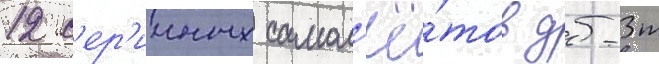
12 с'ер'ииных самол'ё́тов дб-3т